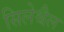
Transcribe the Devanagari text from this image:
सिलेश्चैल